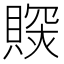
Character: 𧷉